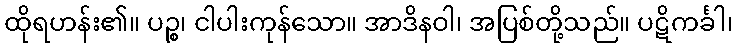
ထိုရဟန်း၏။ ပဉ္စ၊ ငါပါးကုန်သော။ အာဒိနဝါ၊ အပြစ်တို့သည်။ ပဋိကင်္ခါ၊